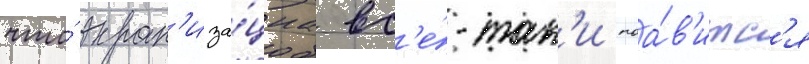
что́ экран'иза́циа вс'е́-так'и поа́в'итс'я